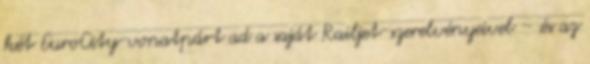
két EuroCity-vonatpárt ad a saját Railjet-szerelvényeivel – és az